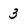
Character: 3